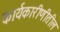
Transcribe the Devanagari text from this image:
कार्यकारीणीतील